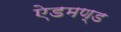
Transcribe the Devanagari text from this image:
ऐडमण्ड